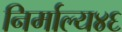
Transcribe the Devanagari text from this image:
निर्माल्य४६